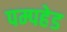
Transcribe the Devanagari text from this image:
पम्पहेड